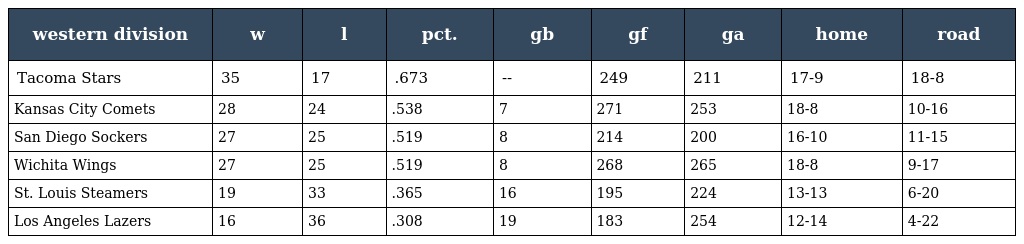
| western division | w | l | pct. | gb | gf | ga | home | road |
 | --- | --- | --- | --- | --- | --- | --- | --- | --- |
 | Tacoma Stars | 35 | 17 | .673 | -- | 249 | 211 | 17-9 | 18-8 |
 | Kansas City Comets | 28 | 24 | .538 | 7 | 271 | 253 | 18-8 | 10-16 |
 | San Diego Sockers | 27 | 25 | .519 | 8 | 214 | 200 | 16-10 | 11-15 |
 | Wichita Wings | 27 | 25 | .519 | 8 | 268 | 265 | 18-8 | 9-17 |
 | St. Louis Steamers | 19 | 33 | .365 | 16 | 195 | 224 | 13-13 | 6-20 |
 | Los Angeles Lazers | 16 | 36 | .308 | 19 | 183 | 254 | 12-14 | 4-22 |